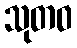
သုတဝ